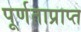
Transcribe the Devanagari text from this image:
पूर्णताप्राप्त